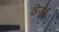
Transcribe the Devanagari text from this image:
झियांनी